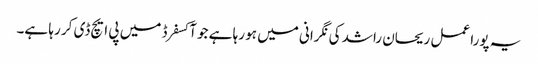
یہ پورا عمل ریحان راشد کی نگرانی میں ہو رہا ہے جو آکسفرڈ میں پی ایچ ڈی کر رہا ہے۔